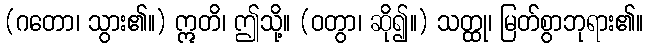
(ဂတော၊ သွား၏။) ဣတိ၊ ဤသို့။ (ဝတွာ၊ ဆို၍။) သတ္ထု၊ မြတ်စွာဘုရား၏။